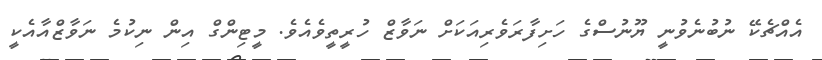
އެއްޗެކޭ ނުބުނެވުނީ ޔޫނުސްގެ ހަށިފާރަވެރިއަކަށް ނަވާޒް ހުރީތީވެއެވެ. މީޓިންގް އިން ނިކުމެ ނަވާޒްއާއެކީ